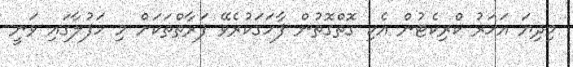
މިދިޔަ އަހަރު ކްރިކެޓުން އެކި ގޮތްގޮތުން ފާހަގަކުރެވޭ ފަރާތްތަކަށް މި ހަފުލާގައި ވަނީ